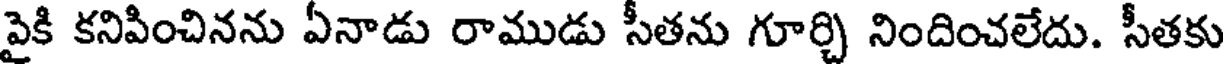
పైకి కనిపించినను ఏనాడు రాముడు సీతను గూర్చి నిందించలేదు. సీతకు